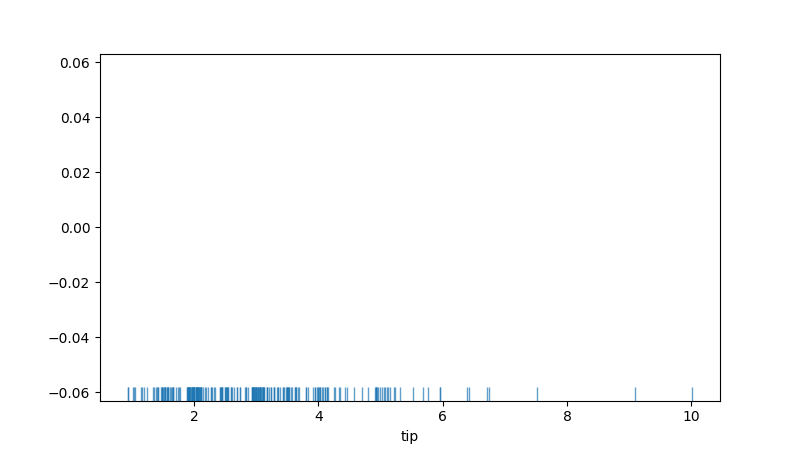
python, seaborn, rugplot, height=0.04, axis='x', alpha=0.7